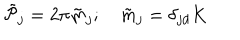
LaTeX: \tilde { \cal P } _ { j } = 2 \pi \tilde { m } _ { j } ; \quad \tilde { m } _ { j } = \delta _ { j d } K